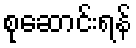
စုဆောင်းရန်